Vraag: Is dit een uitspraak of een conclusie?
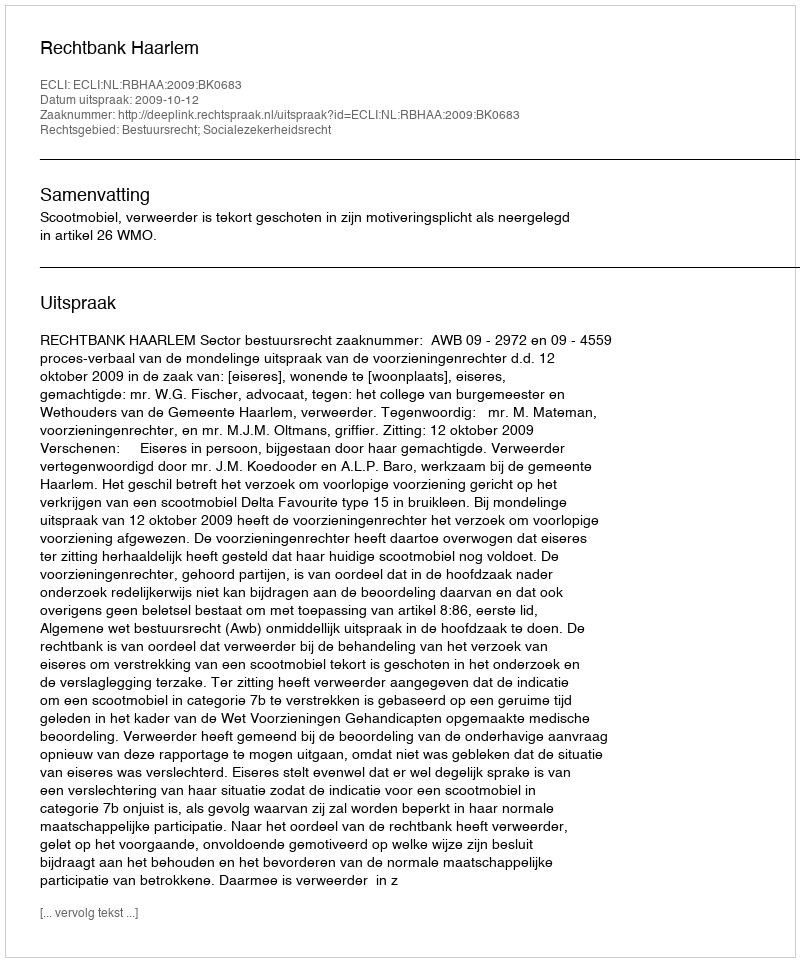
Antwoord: Uitspraak